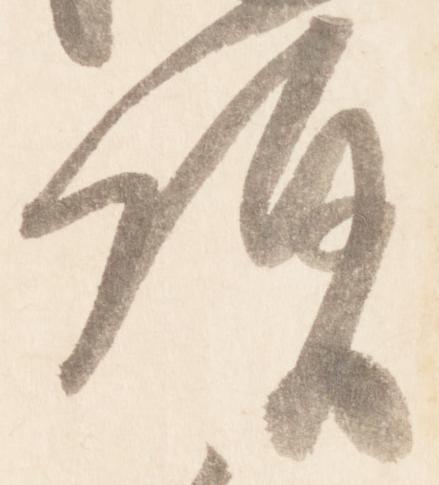
頂